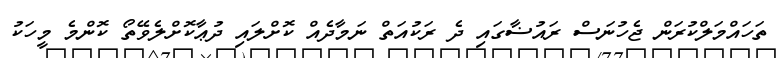
ތަހައްމަލްކުރަން ޖެހުނަސް ރައުޟާގައި ދެ ރަކުއަތް ނަމާދެއް ކޮށްލައި ދުޢާކޮށްލެވޭތޯ ކޮންމެ މީހަކު